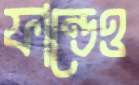
ফান্ডেও